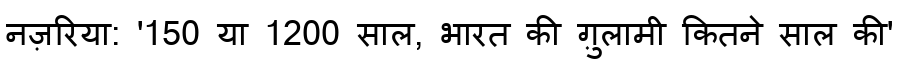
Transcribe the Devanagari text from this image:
नज़रिया: '150 या 1200 साल, भारत की ग़ुलामी कितने साल की'